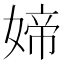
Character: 媂